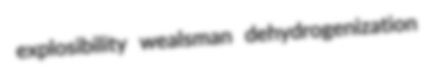
explosibility wealsman dehydrogenization